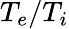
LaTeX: T_{e}/T_{i}